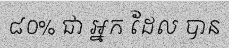
៨០% ជា អ្នក ដែល បាន